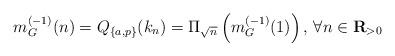
LaTeX: \begin{align*}m_G^{(-1)}(n)=Q_{\{a,p\}}(k_n)=\Pi_{\sqrt{n}}\left(m_G^{(-1)}(1)\right)\textrm{, }\forall n\in \textbf{R}_{>0}\end{align*}